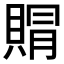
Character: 𮚐